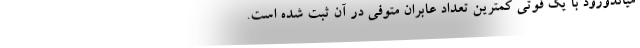
میاندورود با یک فوتی کمترین تعداد عابران متوفی در آن ثبت شده است.